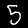
Label: 5